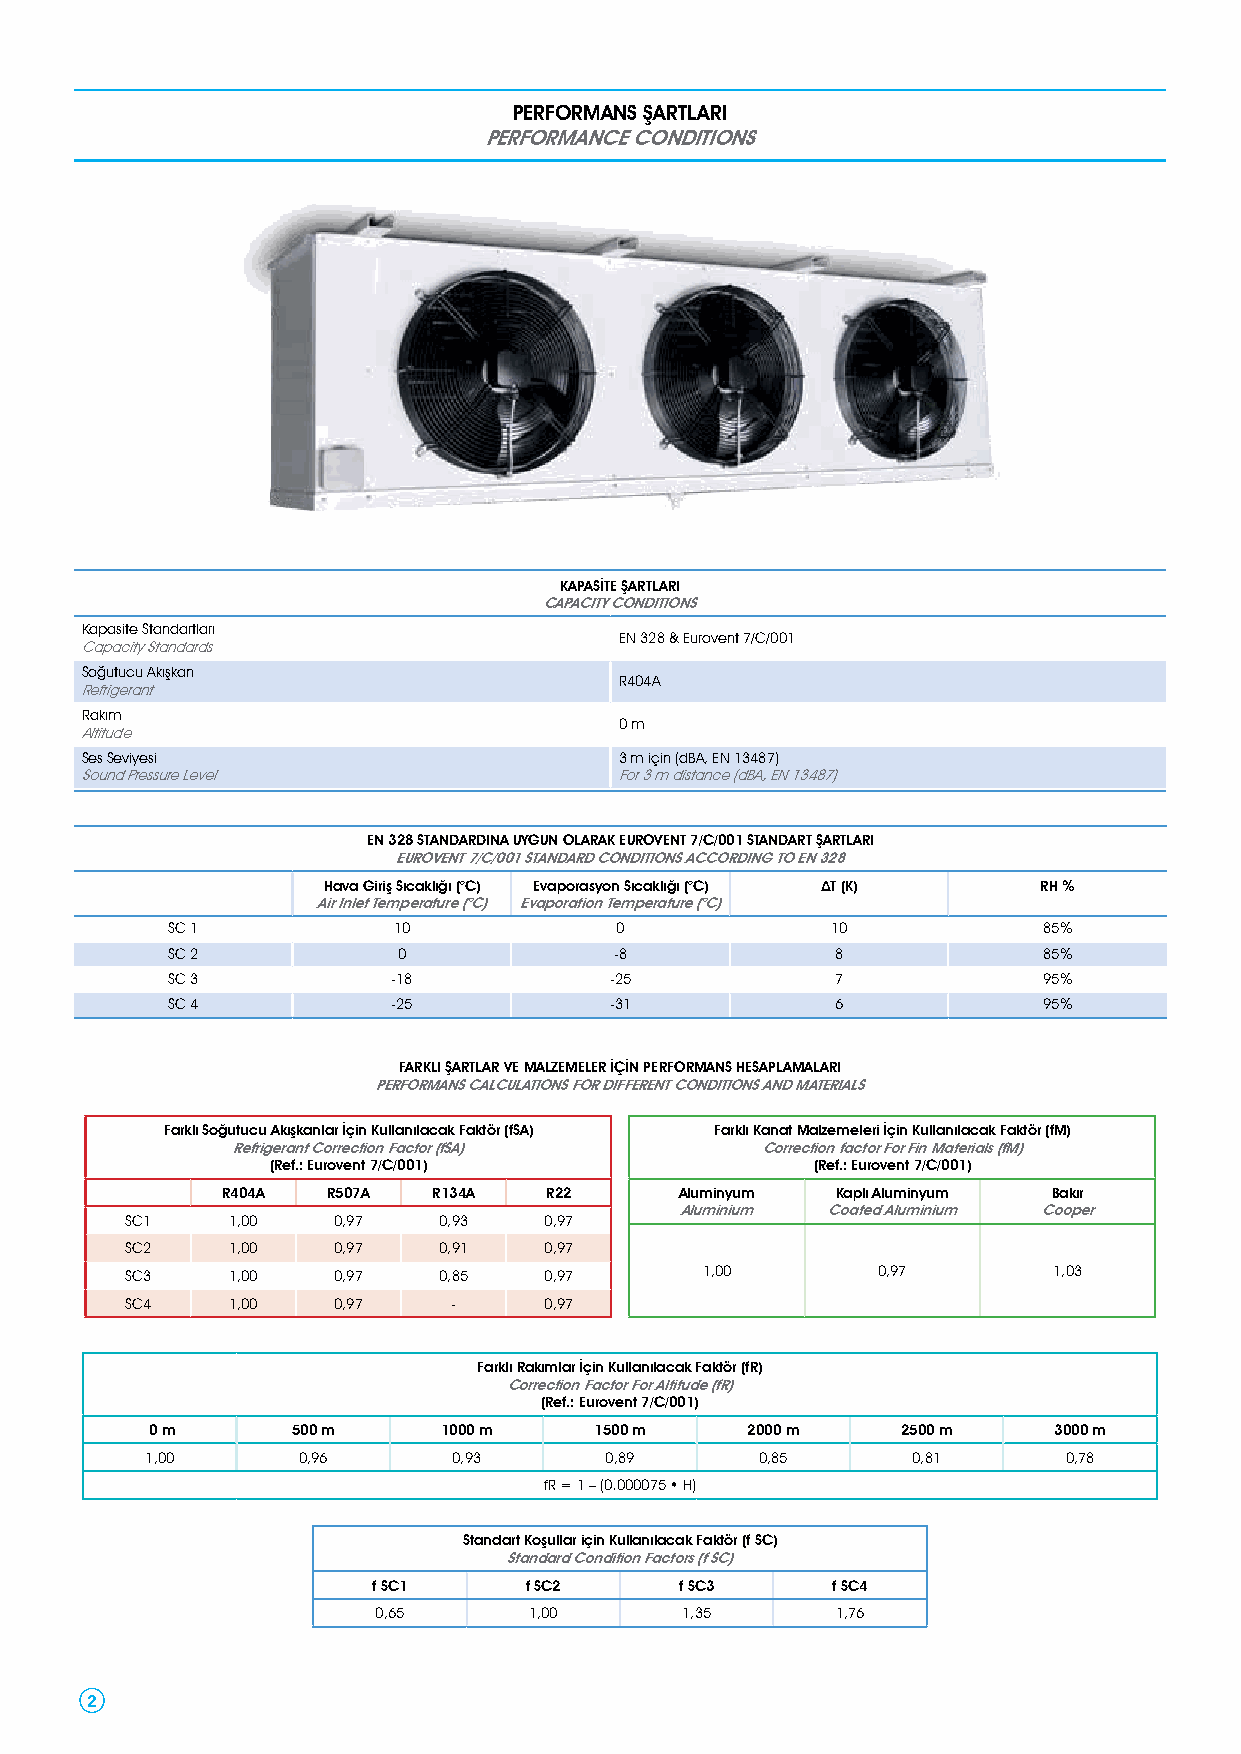
PERFORMANS ŞARTLARI
 PERFORMANCE CONDITIONS
 KAPASİTE ŞARTLARI
 CAPACITY CONDITIONS
 Kapasite Standartları
 EN 328 & Eurovent 7/C/001
 Capacity Standards
 Soğutucu Akışkan
 R404A
 Refrigerant
 Rakım
 0 m
 Altitude
 Ses Seviyesi                        3 m için (dBA, EN 13487)
 Sound Pressure Level                For 3 m distance (dBA, EN 13487)
 EN 328 STANDARDINA UYGUN OLARAK EUROVENT 7/C/001 STANDART ŞARTLARI
 EUROVENT 7/C/001 STANDARD CONDITIONS ACCORDING TO EN 328
 Hava Giriş Sıcaklığı (°C) Evaporasyon Sıcaklığı (°C) ∆T (K) RH %
 Air Inlet Temperature (°C) Evaporation Temperature (°C)
 SC 1           10             0             10            85%
 SC 2           0              -8            8             85%
 SC 3           -18           -25            7             95%
 SC 4           -25           -31            6             95%
 FARKLI ŞARTLAR VE MALZEMELER İÇİN PERFORMANS HESAPLAMALARI
 PERFORMANS CALCULATIONS FOR DIFFERENT CONDITIONS AND MATERIALS
 Farklı Soğutucu Akışkanlar İçin Kullanılacak Faktör (fSA) Farklı Kanat Malzemeleri İçin Kullanılacak Faktör (fM)
 Refrigerant Correction Factor (fSA) Correction factor For Fin Materials (fM)
 (Ref.: Eurovent 7/C/001)            (Ref.: Eurovent 7/C/001)
 R404A  R507A  R134A  R22      Aluminyum Kaplı Aluminyum Bakır
 Aluminium Coated Aluminium Cooper
 SC1    1,00   0,97   0,93   0,97
 SC2    1,00   0,97   0,91   0,97
 SC3    1,00   0,97   0,85   0,97      1,00        0,97        1,03
 SC4    1,00   0,97    -     0,97
 Farklı Rakımlar İçin Kullanılacak Faktör (fR)
 Correction Factor For Altitude (fR)
 (Ref.: Eurovent 7/C/001)
 0 m      500 m     1000 m    1500 m    2000 m     2500 m    3000 m
 1,00      0,96      0,93      0,89      0,85      0,81      0,78
 fR = 1 – (0.000075 • H)
 Standart Koşullar için Kullanılacak Faktör (f SC)
 Standard Condition Factors (f SC)
 f SC1     f SC2     f SC3     f SC4
 0,65      1,00      1,35      1,76
 2